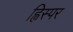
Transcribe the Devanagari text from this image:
ह्विस्पर